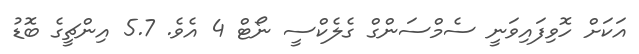
އަކަށް ހޮވިފައިވަނީ ސެމްސަންގް ގެލެކްސީ ނޯޓް 4 އެވެ. 5.7 އިންޗީގެ ބޮޑު